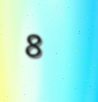
8